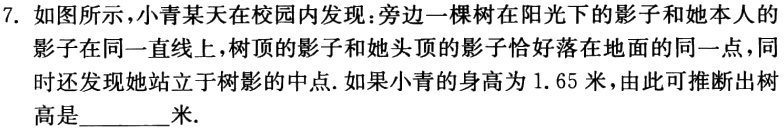
7. 如图所示，小青某天在校园内发现：旁边一棵树在阳光下的影子和她本人的影子在同一直线上，树顶的影子和她头顶的影子恰好落在地面的同一点，同时还发现她站立于树影的中点. 如果小青的身高为1.65米，由此可推断出树高是________米.